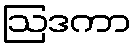
ဩဒကာ